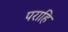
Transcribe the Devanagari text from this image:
पराहि